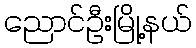
ညောင်ဦးမြို့နယ်